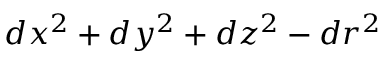
d x ^ { 2 } + d y ^ { 2 } + d z ^ { 2 } - d r ^ { 2 }